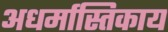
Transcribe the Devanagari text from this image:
अधर्मास्तिकाय